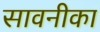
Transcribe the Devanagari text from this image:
सावनीका